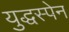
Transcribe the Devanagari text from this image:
युद्धस्पेन